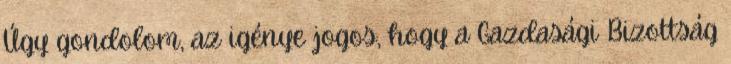
Úgy gondolom, az igénye jogos, hogy a Gazdasági Bizottság